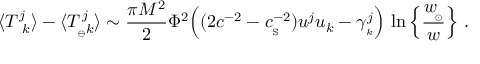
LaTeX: \langle { T _ { \ k } ^ { j } } \rangle - \langle T _ { _ { \ominus } k } ^ { \, j } \rangle \sim { \frac { \pi M ^ { 2 } } { 2 } } \Phi ^ { 2 } \Big ( ( 2 c ^ { - 2 } - c _ { _ \mathrm { S } } ^ { - 2 } ) u ^ { j } u _ { k } - \gamma _ { _ k } ^ { j } \Big ) \, \ln \Big \{ { \frac { w _ { \! _ { \odot } } } { w } } \Big \} \ .